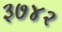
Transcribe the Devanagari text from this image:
३७४२